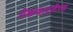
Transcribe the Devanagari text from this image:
मेकफारलैण्ड